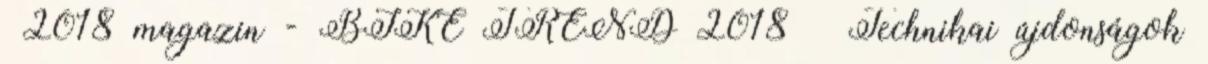
—2018 magazin - BIKE TREND 2018 – Technikai újdonságok